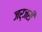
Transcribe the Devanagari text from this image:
जर्जरी